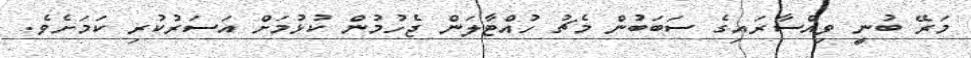
މަރޭ ބުނީ ވިއްސާރައިގެ ސަބަބުން މެޗު ހުއްޓާލަން ޖެހުމުން ކުޅުމަށް އަސަރުކުރި ކަމަށެވެ.